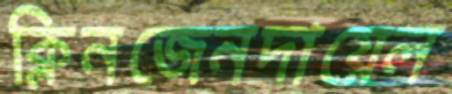
ক্লিনজেনদায়েল